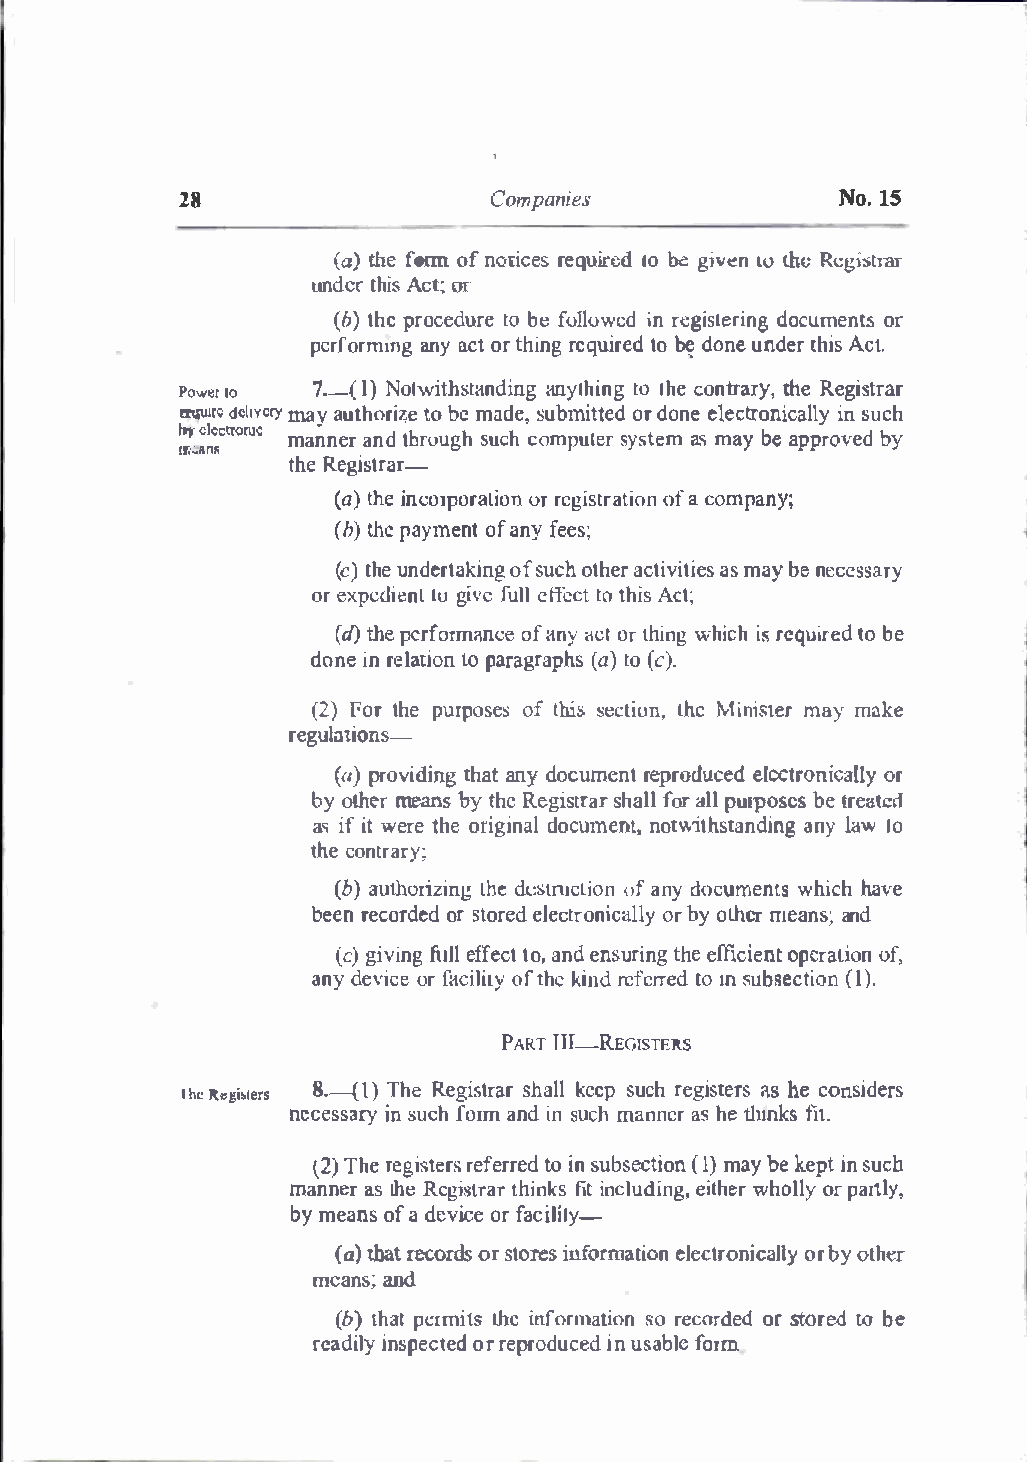
Companies              Nol.S
 28
 (ath)e f oromf n otirceqeusir eldobe givt!lnO the Rcgi:;trar
 undetr hAicst or:
 (bt)h per coeduret obe f ollowienrd c gisldeocruimnegno trs
 pcrformamngay c otr t hinregq uried to dobn�e u ndetrh iAsc t.
 Power 1o 7.--I()N o twithsatnyanldhiitnnoIhgg e conttrhaeRr eyg,is trar
 t1,.u1rcd elivmeary ya uthotrobie 7,m ea d,es ubmittoerdd o nee lectroniinsc uaclhl y
 ���:�-ctroruc
 mannaenrdh rotughs ucch omputseyrs teamsm ayb ea pprobvye d
 theR egistrar-
 (at)h ien co:rporoartr ieogni stroafat c ioomnp any;
 (bth)e paymento fa nyfee s;
 (ct)eh u ndertoafsk uicnohgt haecrt ivaismt aiybe ens e cessary
 ore xpedenitl ug ivfeul leff ectt othi Asc t;
 (dt)h pee rformaonfca en <1yc ofr t hinwgh icisrh e qutiorb ee d
 done reilanti onto paragr(aapt)ho( sc ) .
 (2)f ort eh purpoosfte hiss s ecllihuMcn i,n ismtaerym ake
 regulations.-
 (a)pr ovidingt haatn yd ocumreepnrto duecleectdr onicoarl ly
 byo lherm eans byt hRee gistsrhaarfl olrt� lplu rpobseet sr eated
 asi fi wte re theo rigidnoaclu mennto,t v.ithsatnya lanwd lion g
 thceo ntrary;
 (b)a uthoriztinhged t .:scttniJoonfa nyd ocumenwthsic hh ave
 beerne cordeodrs otred electroonrb iyco l.hacrlm leya nsa�n d
 (cg)i vifngu elflf teoca,tn edn surtiheen ffigc ioepnetr aotfi,o n
 andye viceo rf cailoiftt hyke i nrde ferrtoe md �ubsec(t)i1o. n
 PARTTH- REGISTF.RS
 1h eR e11i�lers8 .--(l )T heR egissthraaklrel e p rseugcihs ast heerc so nsiders
 necessiansryu c hf orma ndi ns ucmha nnearsh et hmktsti .
 {2)  reTghsietres r efertore idns u becstion ( m1a)yb ek epitns uch
 mannaesLr h Ree gisttrhairn fiktsi ncludeiintgh,we hro lly orp artly,
 bym eanofsa d eviocrfe ac il-ily
 (at)h aroctord s ors toirensof rmateiloenc troonrbi yco allhl�yr
 meansand;
 (b)l haple rmithtse i nformastori eocno rdoerdsto red tob e
 readiinlsyp eocrte preroddu ced inu sabfolrme